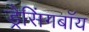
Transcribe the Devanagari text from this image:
ड्रेसिंगबॉय